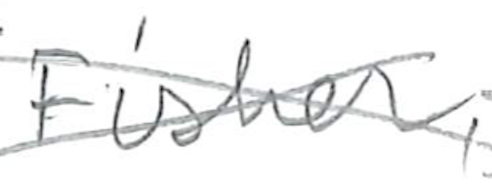
Text: Fisher,
Cross-out: cross
Writing tool: pencil